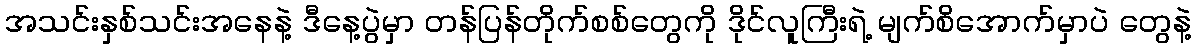
အသင်းနှစ်သင်းအနေနဲ့ ဒီနေ့ပွဲမှာ တန်ပြန်တိုက်စစ်တွေကို ဒိုင်လူကြီးရဲ့ မျက်စိအောက်မှာပဲ တွေနဲ့